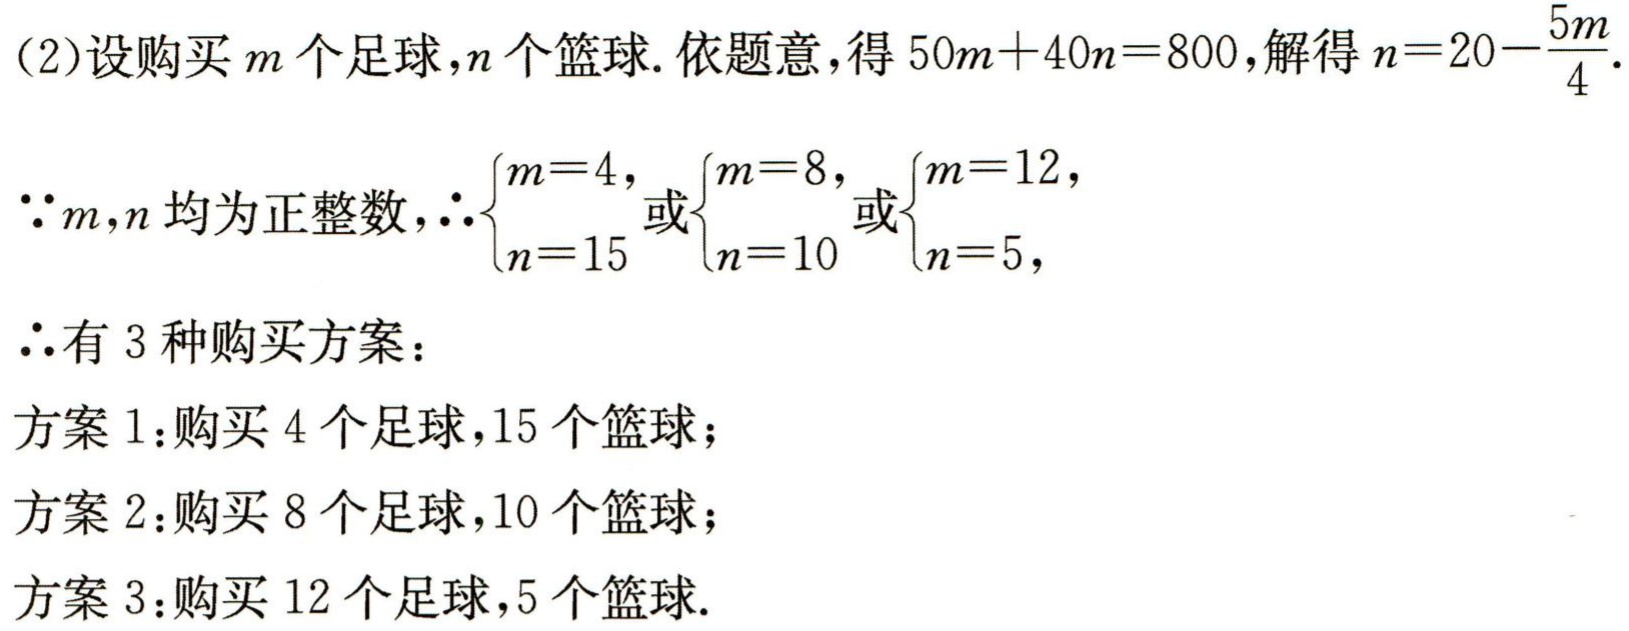
(2)设购买\(m\)个足球，\(n\)个篮球. 依题意，得\(50m + 40n = 800\)，解得\(n = 20 - \frac{5m}{4}\).

\(\because m,n\)均为正整数，\(\therefore\begin{cases}m = 4,\\n = 15\end{cases}\)或\(\begin{cases}m = 8,\\n = 10\end{cases}\)或\(\begin{cases}m = 12,\\n = 5,\end{cases}\)

\(\therefore\)有\(3\)种购买方案：

方案1：购买\(4\)个足球，\(15\)个篮球；

方案2：购买\(8\)个足球，\(10\)个篮球；

方案3：购买\(12\)个足球，\(5\)个篮球.